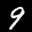
Digit: 9